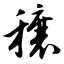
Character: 穰